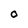
Character: O